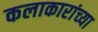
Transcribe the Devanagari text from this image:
कलाकारांच्‍या